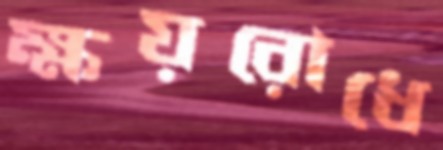
ক্ষয়রোধে